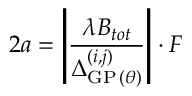
2 a = \left| \frac { \lambda B _ { t o t } } { \Delta _ { \mathrm { G P } \, ( \theta ) } ^ { ( i , j ) } } \right| \cdot F